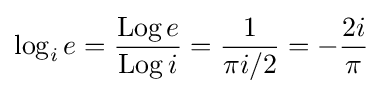
\log _{i}e={\frac {\operatorname {Log} e}{\operatorname {Log} i}}={\frac {1}{\pi i/2}}=-{\frac {2i}{\pi }}